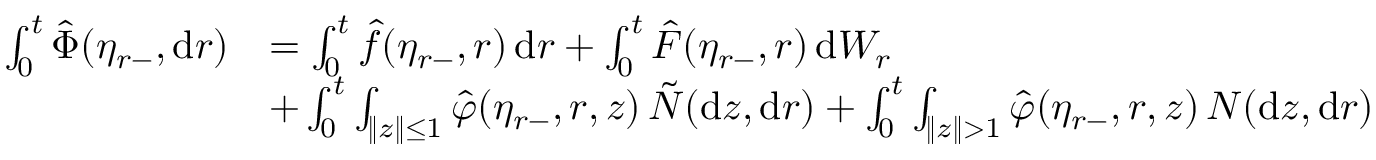
\begin{array} { r l } { \int _ { 0 } ^ { t } \hat { \Phi } ( \eta _ { r - } , \mathrm { d } r ) } & { = \int _ { 0 } ^ { t } \hat { f } ( \eta _ { r - } , r ) \, \mathrm { d } r + \int _ { 0 } ^ { t } \hat { F } ( \eta _ { r - } , r ) \, \mathrm { d } W _ { r } } \\ & { + \int _ { 0 } ^ { t } \int _ { \| z \| \leq 1 } \hat { \varphi } ( \eta _ { r - } , r , z ) \, \tilde { N } ( \mathrm { d } z , \mathrm { d } r ) + \int _ { 0 } ^ { t } \int _ { \| z \| > 1 } \hat { \varphi } ( \eta _ { r - } , r , z ) \, N ( \mathrm { d } z , \mathrm { d } r ) } \end{array}